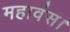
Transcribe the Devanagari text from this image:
महावंस।